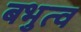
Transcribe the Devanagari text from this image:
बभुत्व